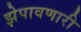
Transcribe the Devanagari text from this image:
झेपावणारी